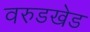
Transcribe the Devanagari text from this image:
वरुडखेड